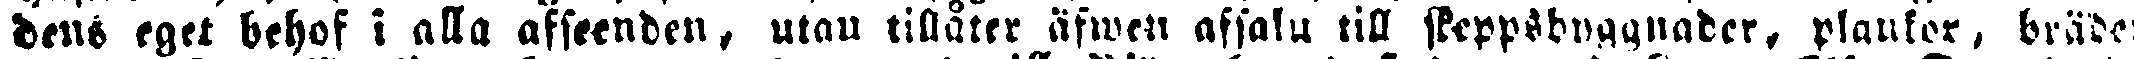
dens eget behof i alla afseenden, utan tillåter äfwen afsalu till skeppsbyggnader, plankor, bräde